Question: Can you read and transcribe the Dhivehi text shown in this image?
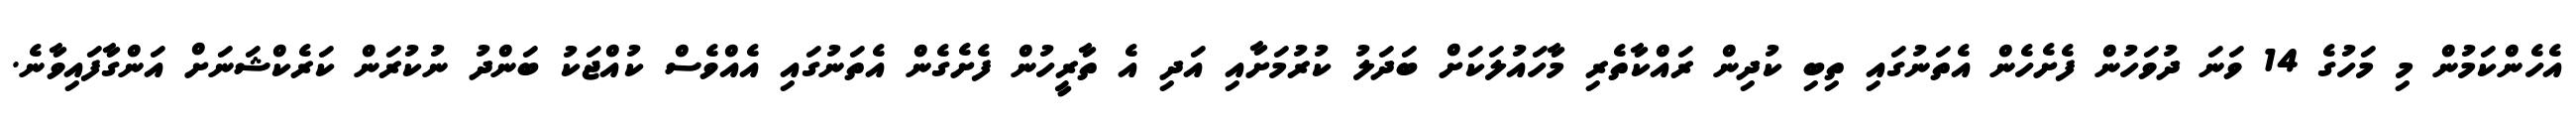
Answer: އެހެންކަމުން މި މަހުގެ 14 ވަނަ ދުވަހުން ފެށެހެން އެތަނުގައި ތިބި ކުދިން ރައްކާތެރި މާހައުލަކަށް ބަދަލު ކުރުމަށާއި އަދި އެ ތާރީހުން ފެށެގެން އެތަނުގައި އެއްވެސް ކުއްޖަކު ބަންދު ނުކުރަން ކަރެކްޝަނަށް އަންގާފައިވާނެ.